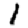
Digit: 1